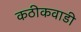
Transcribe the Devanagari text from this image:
कठीकवाडी